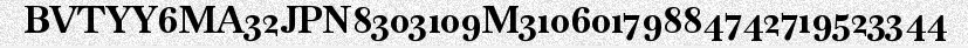
BVTYY6MA32JPN8303109M31060179884742719523344